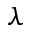
\lambda